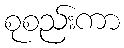
စုစည်းကာ